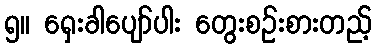
၅။ ရှေးခါပျော်ပါး တွေးစဉ်းစားတည့်